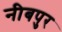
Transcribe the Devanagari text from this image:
नीबपुर